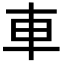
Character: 車